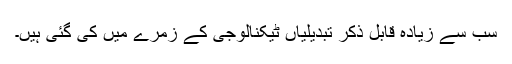
سب سے زیادہ قابل ذکر تبدیلیاں ٹیکنالوجی کے زمرے میں کی گئی ہیں۔